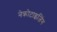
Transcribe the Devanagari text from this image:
नेक्रोटाइजिंग